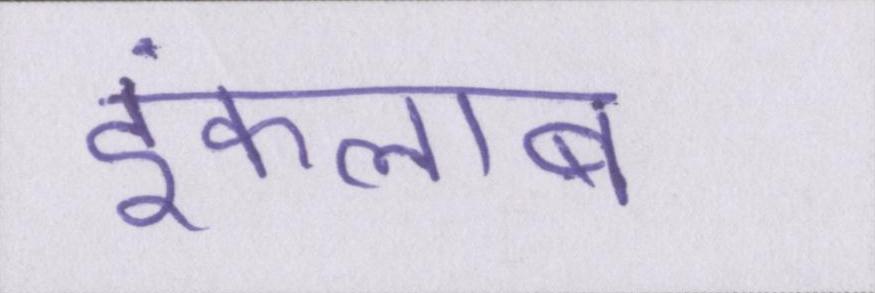
इंकलाब